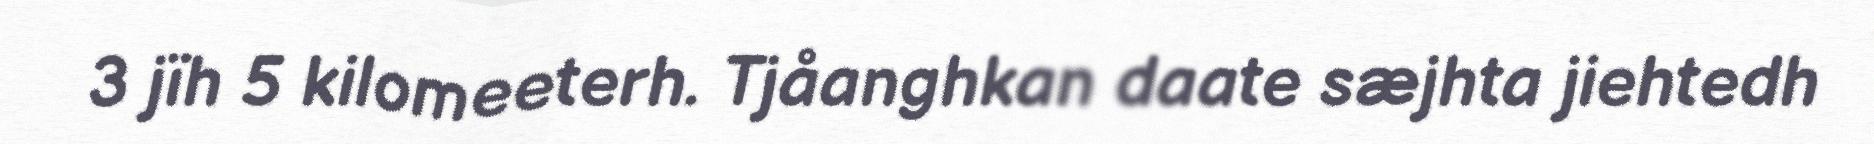
3 jïh 5 kilomeeterh. Tjåanghkan daate sæjhta jiehtedh